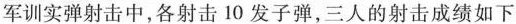
军训实弹射击中，各射击10发子弹，三人的射击成绩如下